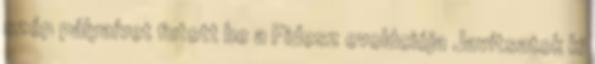
szép pályaívet futott be a Fidesz evolúciója Javítsatok ki